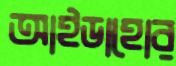
আইডাহোর